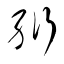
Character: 絎